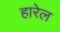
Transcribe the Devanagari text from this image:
हारेल